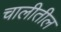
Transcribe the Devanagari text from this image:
चालीतील